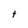
Character: t